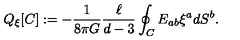
Q _ { \xi } [ C ] : = - \frac { 1 } { 8 \pi G } \frac { \ell } { d - 3 } \oint _ { C } E _ { a b } \xi ^ { a } d S ^ { b } .